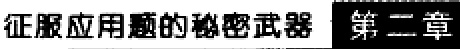
征服应用题的秘密武器 第二章